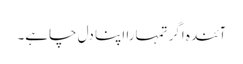
آئندہ اگر تمہارا اپنا دل چاہے۔